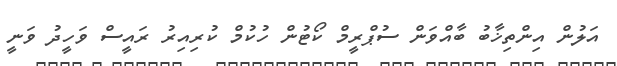
އަލުން އިންތިޚާބު ބާއްވަން ސުޕްރީމް ކޯޓުން ހުކުމް ކުރިއިރު ރައީސް ވަހީދު ވަނީ